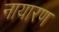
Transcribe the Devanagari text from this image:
नायारण